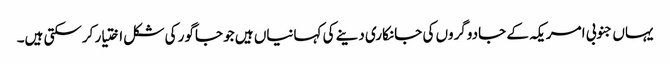
یہاں جنوبی امریکہ کے جادوگروں کی جانکاری دینے کی کہانیاں ہیں جو جاگور کی شکل اختیار کرسکتی ہیں۔